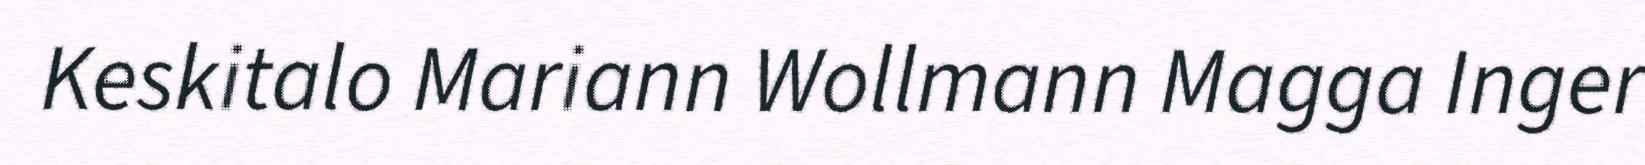
Keskitalo Mariann Wollmann Magga Inger